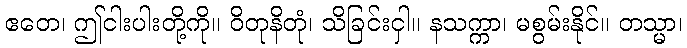
ဧတေ၊ ဤငါးပါးတို့ကို။ ဝိတုနိတုံ၊ သိခြင်းငှါ။ နသက္ကာ၊ မစွမ်းနိုင်။ တသ္မာ၊